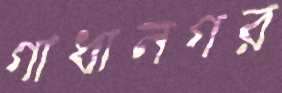
গাধানগর